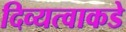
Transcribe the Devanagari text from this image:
दिव्यत्वाकडे